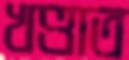
খণ্ডাত